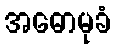
အဓောမုခံ